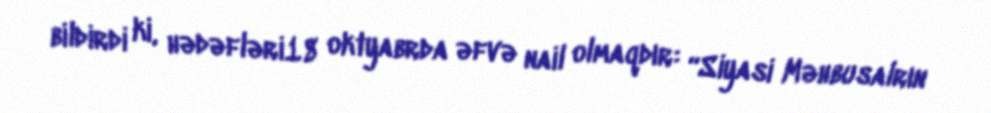
bildirdi ki, hədəfləri18 oktyabrda əfvə nail olmaqdır: “Siyasi Məhbusalrın